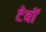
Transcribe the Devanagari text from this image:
टेबों